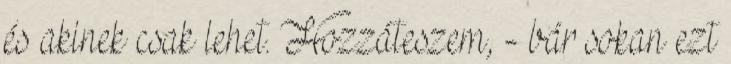
és akinek csak lehet. Hozzáteszem, - bár sokan ezt